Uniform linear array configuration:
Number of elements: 24
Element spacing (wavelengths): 1
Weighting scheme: blackman
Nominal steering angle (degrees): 60
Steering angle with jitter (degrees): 61.99
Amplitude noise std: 0.05
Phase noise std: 0.05

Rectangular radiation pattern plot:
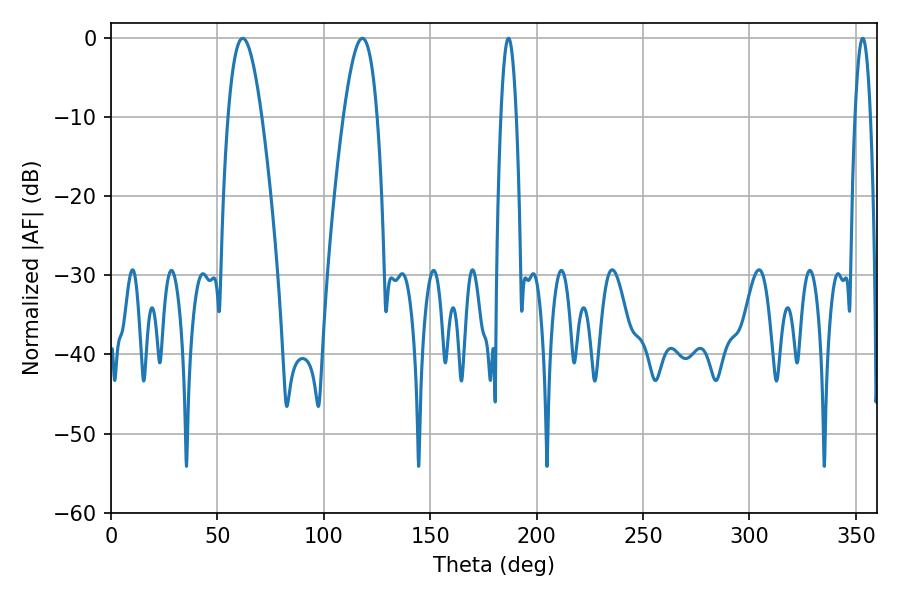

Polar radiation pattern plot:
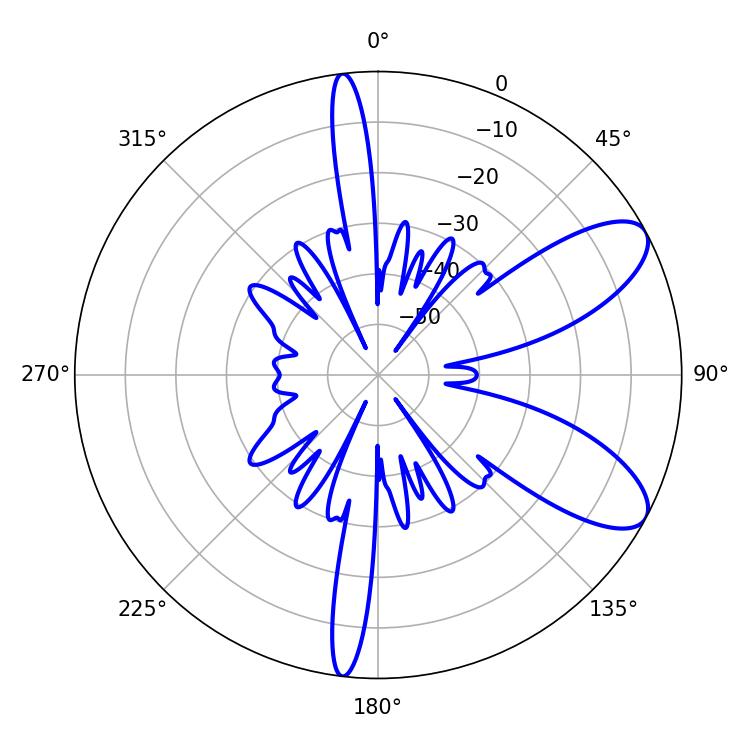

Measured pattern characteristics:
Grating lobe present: TRUE
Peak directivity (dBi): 8.69
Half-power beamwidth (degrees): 8.46
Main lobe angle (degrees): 61.92